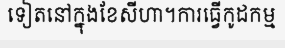
ទៀតនៅក្នុងខែសីហា។ការធ្វើកូដកម្ម